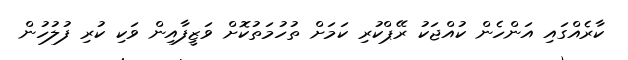
ކާރެއްގައި އަންހެން ކުއްޖަކު ރޭޕްކުރި ކަމަށް ތުހުމަތުކޮށް ވަޒީފާއިން ވަކި ކުރި ފުލުހުން